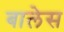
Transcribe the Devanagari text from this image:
बालेस